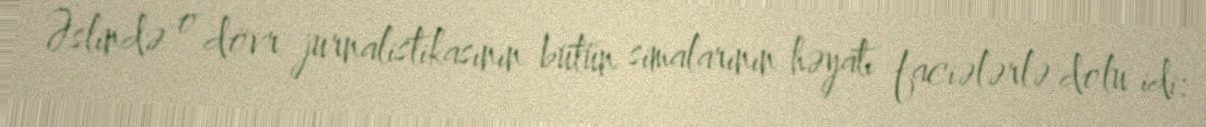
Əslində o dövr jurnalistikasının bütün simalarının həyatı faciələrlə dolu idi: